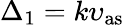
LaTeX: \Delta_{1}=k\upsilon_{\mathrm{as}}